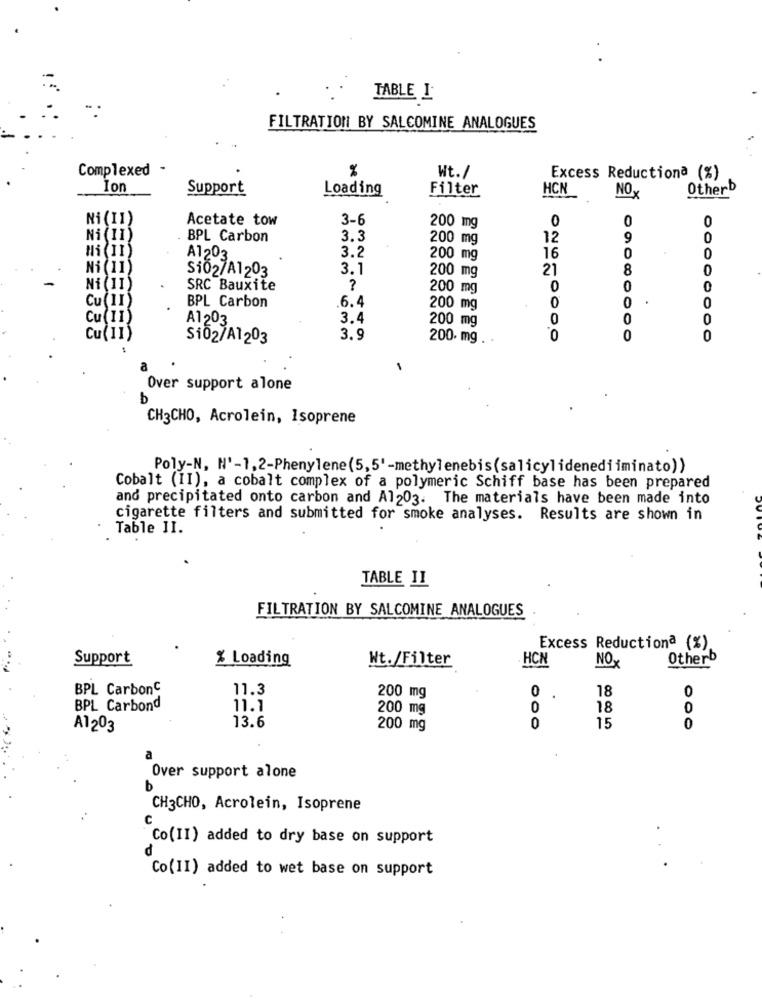
TABLE I
FILTRATION BY SALCOMINE ANALOGUES
Complexed .
%
Wt./
Excess Reductiona (%)
Ior
Support
Loading
Filter
HCN
OtherD
NOX
Ni (11)
Acetate tow
3-6
0
0
0
200 mg
Ni (11)
BPL Carbon
3.3
200 mg
12
9
0
3.2
A1203
200 mg
16
0
0
Ni (11)
Si02/A1203
3.1
200 mg
21
8
0
Ni(11)
SRC Bauxite
?
200 mg
0
0
Cu(II)
6.4
0
BPL Carbon
200 mg
0
Cu (11)
A1203
3.4
200 mg
0
0
0
Cu(11)
Si02/A1203
3.9
200. mg . .
0
0
0
Over support alone
b
CH3CHO, Acrolein, Isoprene
Poly-N, N'-1,2-Phenylene(5,5'-methylenebis(salicylidenediiminato))
Cobalt (II), a cobalt complex of a polymeric Schiff base has been prepared
and precipitated onto carbon and Al203. The materials have been made into
cigarette filters and submitted for smoke analyses. Results are shown in
Table II.
TABLE II
FILTRATION BY SALCOMINE ANALOGUES
Excess Reductiona (%)
Support
% Loading
Nt./Filter
Otherb
HCN
NOX
BPL CarbonC
11.3
200 mg
0
0
.
18
BPL Carbond
11.1
200 mg
18
0
13.6
A1203
200 mg
0
15
0
Over support alone
b
CH3CHO, Acrolein, Isoprene
U
Co(II) added to dry base on support
d
Co(II) added to wet base on support